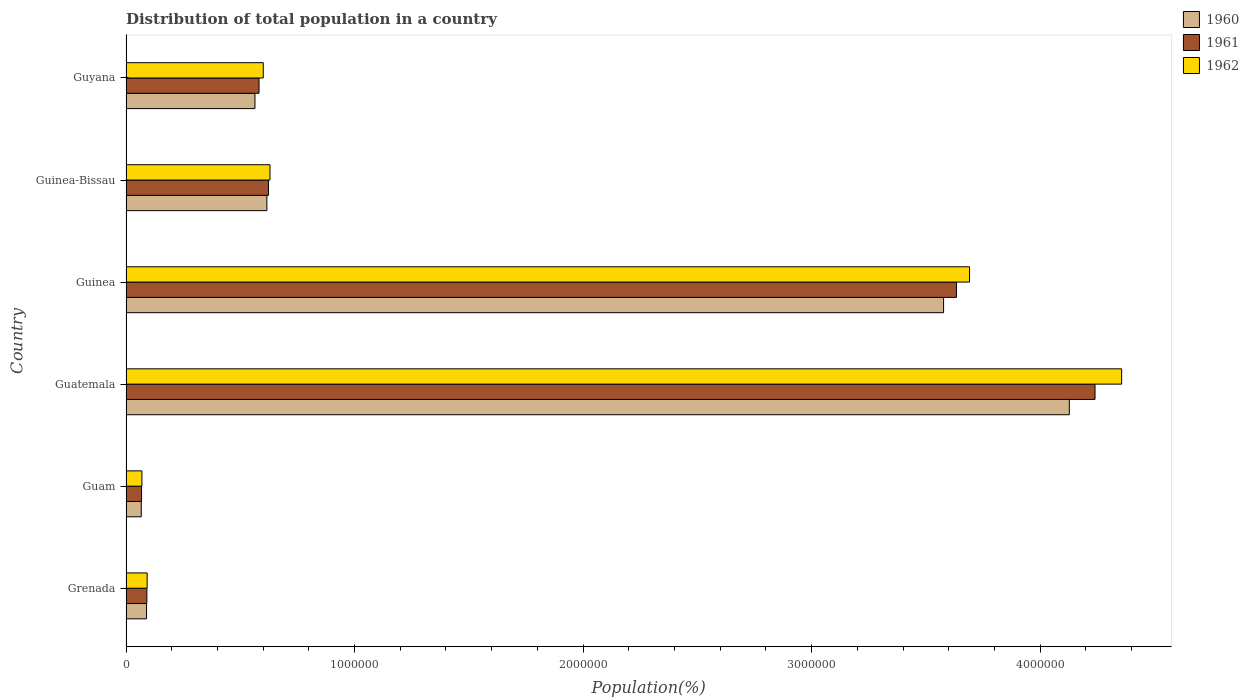
| Country | 1960 | 1961 | 1962 |
 | --- | --- | --- | --- |
 | Grenada | 8.99e+04 | 9.13e+04 | 9.24e+04 |
 | Guam | 6.67e+04 | 6.81e+04 | 6.96e+04 |
 | Guatemala | 4.13e+06 | 4.24e+06 | 4.36e+06 |
 | Guinea | 3.58e+06 | 3.63e+06 | 3.69e+06 |
 | Guinea-Bissau | 6.16e+05 | 6.23e+05 | 6.3e+05 |
 | Guyana | 5.64e+05 | 5.82e+05 | 6.01e+05 |